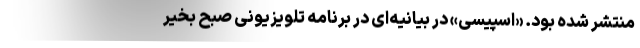
منتشر شده بود. «اسپیسی» در بیانیه‌ای در برنامه تلویزیونی صبح بخیر